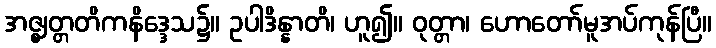
အဇ္ဈတ္တတိကနိဒ္ဒေသ၌။ ဥပါဒိန္နာတိ၊ ဟူ၍။ ဝုတ္တာ၊ ဟောတော်မူအပ်ကုန်ပြီ။